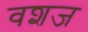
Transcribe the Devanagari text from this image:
वशज